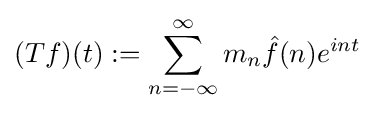
(Tf)(t):=\sum _{n=-\infty }^{\infty }m_{n}{\hat {f}}(n)e^{int}